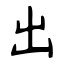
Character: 出